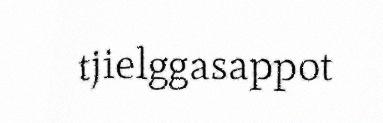
tjielggasappot